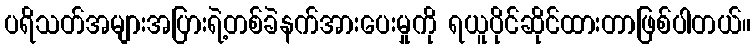
ပရိသတ်အများအပြားရဲ့တစ်ခဲနက်အားပေးမှုကို ရယူပိုင်ဆိုင်ထားတာဖြစ်ပါတယ်။